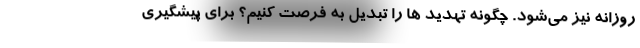
روزانه نیز می‌شود. چگونه تهدید ها را تبدیل به فرصت کنیم؟ برای پیشگیری